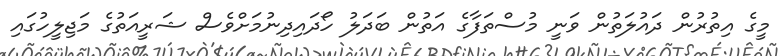
މީގެ އިތުރުން ދައުލަތުން ވަނީ މުސްތަފާގެ އަތުން ބަދަލު ހޯދައިދިނުމަށްވެސް ޝަރީއަތުގެ މަޖިލީހުގައި